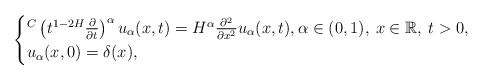
\begin{align*}\begin{cases}{}^C\left(t^{1-2H}\frac{\partial}{\partial t}\right)^{\alpha} u_{\alpha}(x,t)= H^{\alpha}\frac{\partial^2}{\partial x^2}u_{\alpha}(x,t),\alpha \in (0,1), \: x\in\mathbb{R}, \: t>0,\\u_{\alpha}(x,0)=\delta(x),\end{cases}\end{align*}